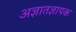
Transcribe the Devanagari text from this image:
अज्ञातज्ञापक